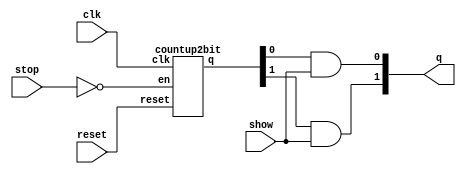
module state (q,stop,show,reset,clk);
    output [1:0] q;
    input stop,show,reset,clk;
    wire [1:0] qin;
    wire stopToEn;

    not n1 (stopToEn,stop);
    countup2bit c1 (qin,stopToEn,reset,clk);
    and a1 (q[1],qin[1],show);
    and a2 (q[0],qin[0],show);
endmodule

module countup2bit (q, en, reset, clk);
	output [1:0] q;
	input en, clk, reset;
	wire t0,t1;

    and a1 (t0,1'b1,en);
    and a2 (t1,q[0],en);
	T_FF tff0 (q[0], t0, reset, clk);
	T_FF tff1 (q[1], t1, reset, clk);
endmodule

module T_FF (q, t, reset, clk);
	output q;
	input t,reset,clk;
	wire d;

	xor x1(d,q,t);
	D_FF d1(q,d,reset,clk);
endmodule

module D_FF (q, d, reset, clk);
	output q;
	input d,reset,clk;
	reg q;
	
	always @(posedge reset or posedge clk)
		if (reset)
  			q <= 1'b0;
		else
  			q <= d;
endmodule